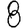
Digit: 8